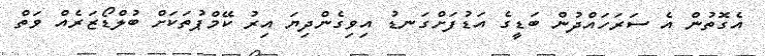
އެގޮތުން އެ ސަރަހައްދުން ބަޑީގެ އަޑުފަށްގަނޑު އިވިގެންދިޔަ އިރު ކޭމްޕުތަކަށް ބުލްޑޯޒަރެއް ވަތް